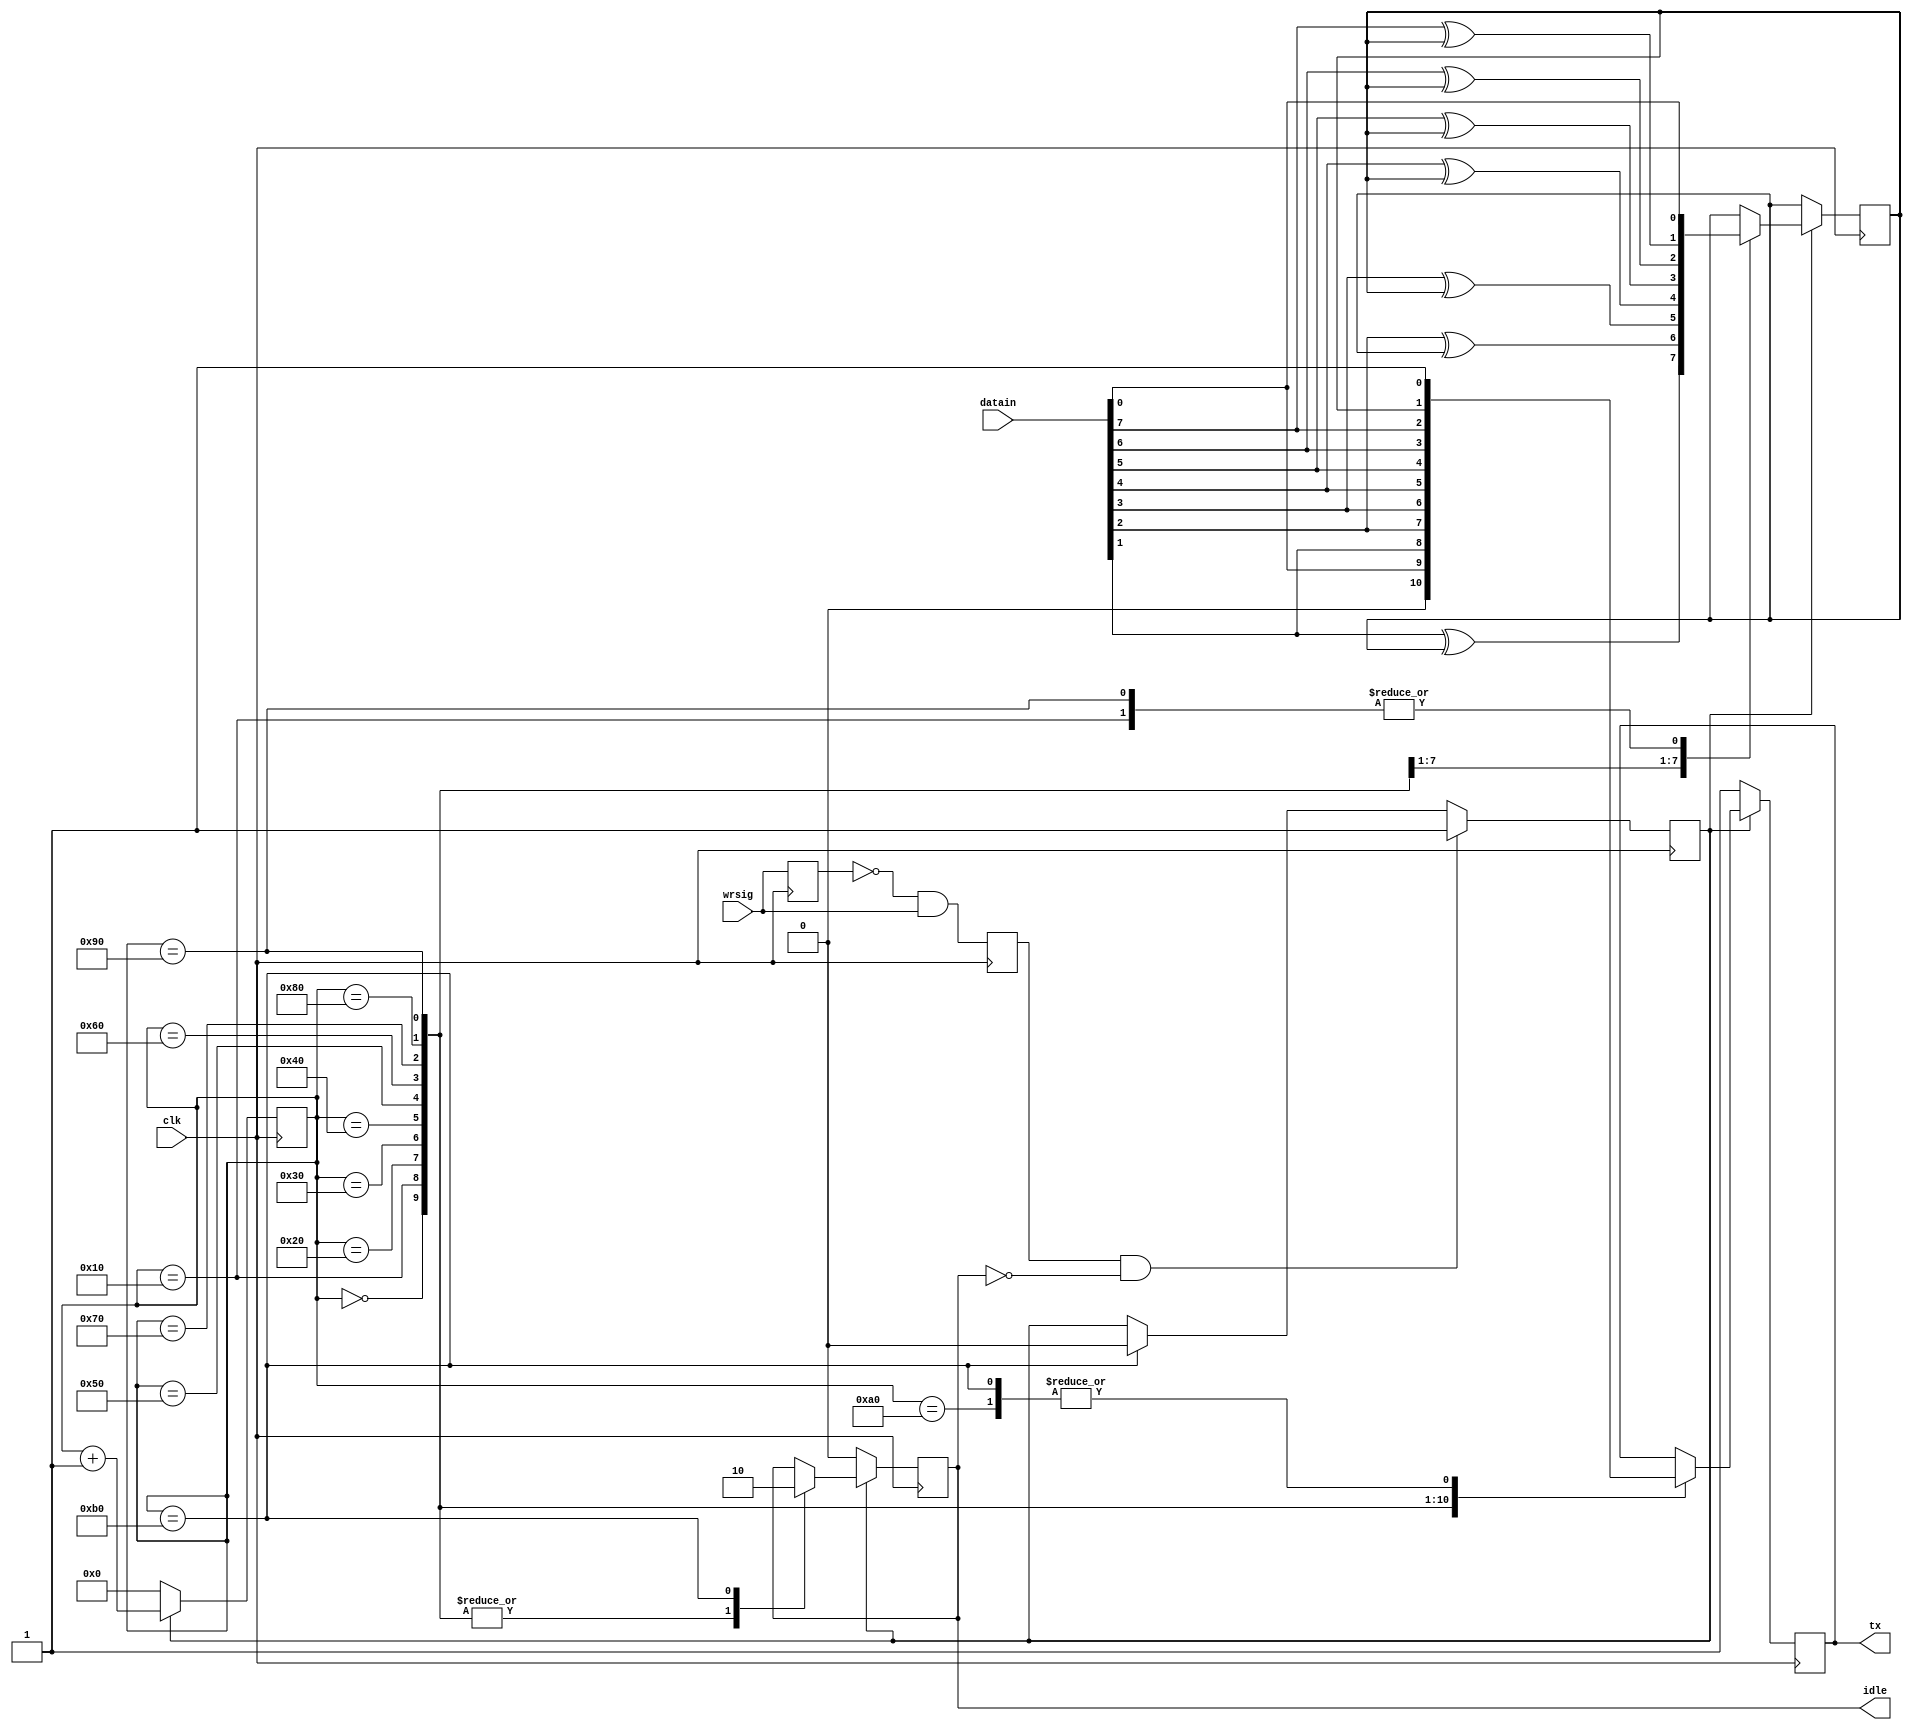
`timescale 1ns / 1ps
//////////////////////////////////////////////////////////////////////////////////
// Company: 
// Engineer: 
// 
// Design Name: 
// Module Name:    uarttx 
// Project Name: 
// Target Devices: 
// Tool versions: 
// Description: 
//
// Dependencies: 
//
// Revision: 
// Revision 0.01 - File Created
// Additional Comments: 
//
//////////////////////////////////////////////////////////////////////////////////
module uarttx(clk, datain, wrsig, idle, tx); 
input clk;          //UART 
input [7:0] datain; // 
input wrsig;        // 
output idle;        // 
output tx;          // 
reg idle, tx; 
reg send; 
reg wrsigbuf, wrsigrise; 
reg presult; 
reg[7:0] cnt;       // 
parameter paritymode = 1'b0; 
// 
always @(posedge clk) 
begin 
wrsigbuf <= wrsig; 
wrsigrise <= (~wrsigbuf) & wrsig; 
end 
always @(posedge clk) 
begin 
if (wrsigrise &&  (~idle))  // 
begin 
send <= 1'b1; 
end 
else if(cnt == 8'd176)      // 
begin 
send <= 1'b0; 
end 
end 
always @(posedge clk) 
begin 
if(send == 1'b1) 
begin 
case(cnt)       // 
8'd0: 
begin 
tx <= 1'b0; 
idle <= 1'b1; 
cnt <= cnt + 8'd1; 
end 
8'd16: 
begin 
tx <= datain[0];    // 0 
presult <= datain[0]^paritymode; 
idle <= 1'b1; 
cnt <= cnt + 8'd1; 
end 
8'd32: 
begin 
tx <= datain[1];    // 1 
presult <= datain[1]^presult; 
idle <= 1'b1; 
cnt <= cnt + 8'd1; 
end 
8'd48: 
begin 
tx <= datain[2];    // 2 
presult <= datain[2]^presult; idle <= 1'b1; 
cnt <= cnt + 8'd1; 
end 
8'd64: 
begin 
tx <= datain[3];    // 3 
presult <= datain[3]^presult; 
idle <= 1'b1; 
cnt <= cnt + 8'd1; 
end 
8'd80: 
begin 
tx <= datain[4];    // 4 
presult <= datain[4]^presult; 
idle <= 1'b1; 
cnt <= cnt + 8'd1; 
end 
8'd96: 
begin 
tx <= datain[5];    // 5 
presult <= datain[5]^presult; 
idle <= 1'b1; 
cnt <= cnt + 8'd1; 
end 8'd112: 
begin 
tx <= datain[6];    // 6 
presult <= datain[6]^presult; 
idle <= 1'b1; 
cnt <= cnt + 8'd1; 
end 
8'd128: 
begin 
tx <= datain[7];    // 7 
presult <= datain[7]^presult; 
idle <= 1'b1; 
cnt <= cnt + 8'd1; 
end 
8'd144: 
begin 
tx <= presult;      // 
presult <= datain[0]^paritymode; 
idle <= 1'b1; 
cnt <= cnt + 8'd1; 
end 
8'd160: 
begin 
tx <= 1'b1;     //              idle <= 1'b1; 
cnt <= cnt + 8'd1; 
end 
8'd176: 
begin 
tx <= 1'b1;              
idle <= 1'b0;   // 
cnt <= cnt + 8'd1; 
end 
default: 
begin 
cnt <= cnt + 8'd1; 
end 
endcase 
end 
else 
begin 
tx <= 1'b1; 
cnt <= 8'd0; 
idle <= 1'b0; 
end 
end 
endmodule